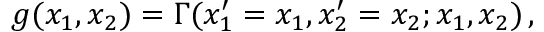
\begin{array} { r } { g ( x _ { 1 } , x _ { 2 } ) = \Gamma ( x _ { 1 } ^ { \prime } = x _ { 1 } , x _ { 2 } ^ { \prime } = x _ { 2 } ; x _ { 1 } , x _ { 2 } ) \, , } \end{array}